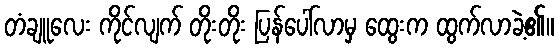
တံချူလေး ကိုင်လျက် တိုးတိုး ပြန်ပေါ်လာမှ ထွေးက ထွက်လာခဲ့၏။